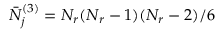
\bar { N } _ { j } ^ { ( 3 ) } = N _ { r } ( N _ { r } - 1 ) ( N _ { r } - 2 ) / 6